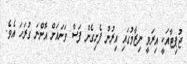
ޖުޕިޓާއަކީ އިރަވީ ނިޒާމުގައި އިރުން ފެށިގެން ފަސް ވަނައަށް އޮންނަ ގުރަހަ އެވެ.